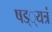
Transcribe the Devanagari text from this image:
षड््यत्रं